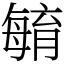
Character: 𣫺